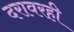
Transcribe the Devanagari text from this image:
दरावरही